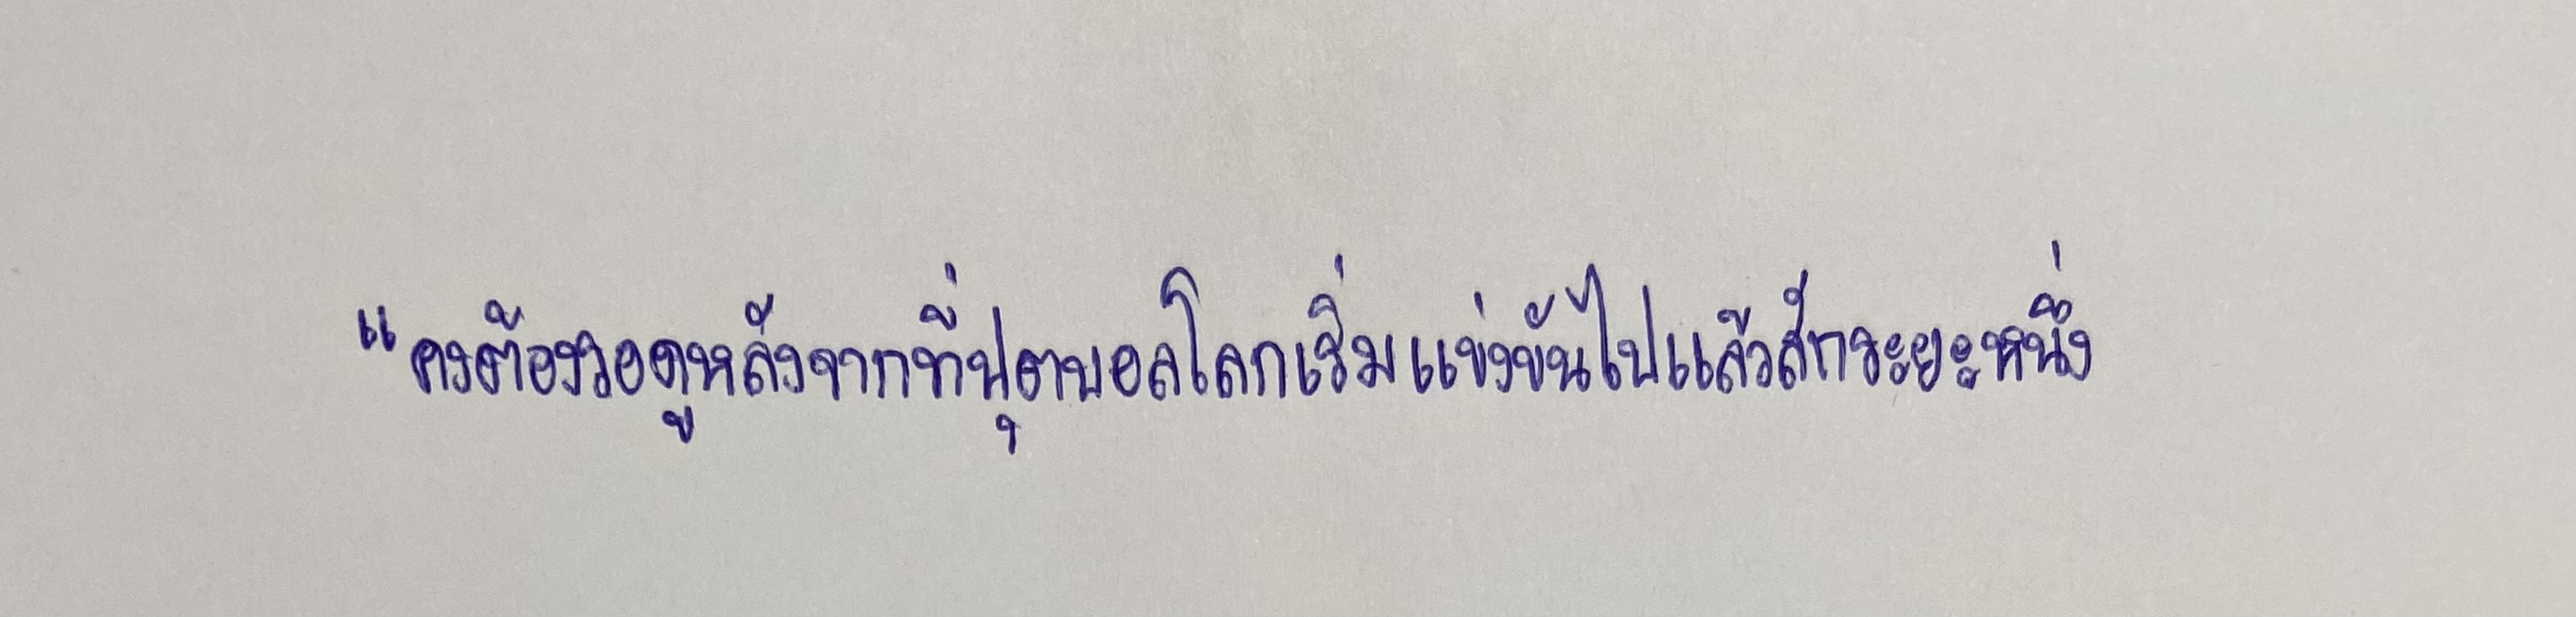
"คงต้องรอดูหลังจากที่ฟุตบอลโลกเริ่มแข่งขันไปแล้วสักระยะหนึ่ง